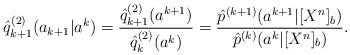
LaTeX: \begin{align*}\hat{q}^{(2)}_{k+1}(a_{k+1}|a^k)={\hat{q}_{k+1}^{(2)}(a^{k+1})\over \hat{q}_{k}^{(2)}(a^{k}) }={\hat{p}^{(k+1)}(a^{k+1}|[X^n]_b)\over \hat{p}^{(k)}(a^k|[X^n]_b)}.\end{align*}